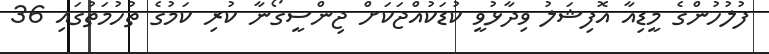
ފުލުހުންގެ މީޑިއާ އޮފިޝަލު ވިދާޅުވީ ކުޑަކުއްޖަކަށް ޖިންސީގޯނާ ކުރި ކަމުގެ ތުހުމަތުގައި 36